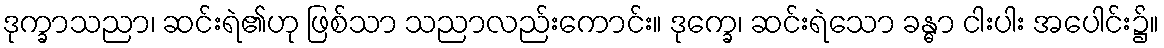
ဒုက္ခာသညာ၊ ဆင်းရဲ၏ဟု ဖြစ်သာ သညာလည်းကောင်း။ ဒုက္ခေ၊ ဆင်းရဲသော ခန္ဓာ ငါးပါး အပေါင်း၌။